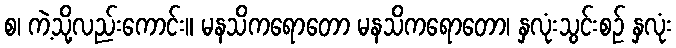
စ၊ ကဲ့သို့လည်းကောင်း။ မနသိကရောတော မနသိကရောတော၊ နှလုံးသွင်းစဉ် နှလုံး